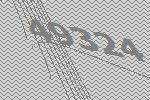
49324